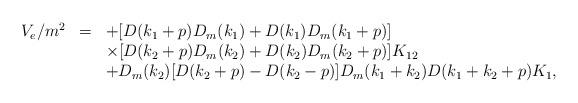
LaTeX: \begin{align*}\begin{array}{rcl}V_e/m^2&=&\displaystyle +[D(k_1+p)D_m(k_1)+D(k_1)D_m(k_1+p)]\\&&\displaystyle \times[D(k_2+p)D_m(k_2)+D(k_2)D_m(k_2+p)]K_{12}\\&&\displaystyle +D_m(k_2)[D(k_2+p)-D(k_2-p)]D_m(k_1+k_2)D(k_1+k_2+p)K_1, \end{array}\end{align*}